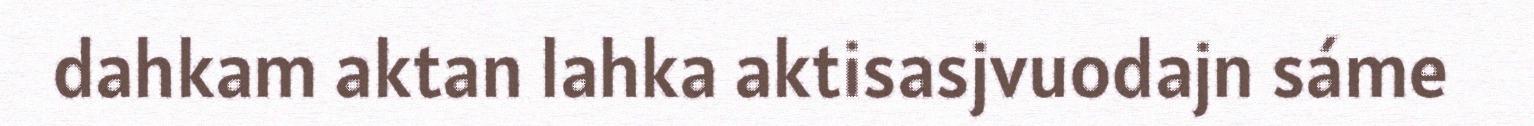
dahkam aktan lahka aktisasjvuodajn sáme